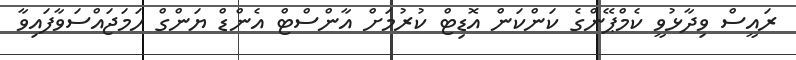
ރައީސް ވިދާޅުވީ ކެމްޕޭންގެ ކަންކަން އޮޑިޓް ކުރުމަށް އާންސްޓް އެންޑް ޔަންގް ހަމަޖައްސަވާފައިވާ